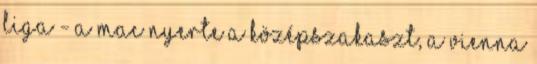
Liga - A MAC nyerte a középszakaszt, a Vienna